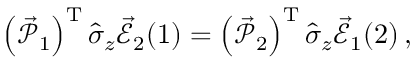
\begin{array} { r } { \left( \vec { \mathcal { P } } _ { 1 } \right) ^ { \mathrm { T } } \hat { \sigma } _ { z } \vec { \mathcal { E } } _ { 2 } ( 1 ) = \left( \vec { \mathcal { P } } _ { 2 } \right) ^ { \mathrm { T } } \hat { \sigma } _ { z } \vec { \mathcal { E } } _ { 1 } ( 2 ) \, , } \end{array}